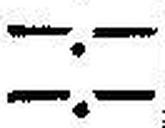
—.—